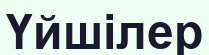
Үйшілер